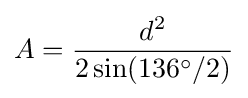
A={\frac {d^{2}}{2\sin(136^{\circ }/2)}}